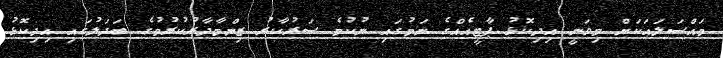
މައްސަލައަކަށް މިވަނީ އިދިކޮޅު ޕާޓީއެއްގެ ނަމުގައި ނުކުމެ ސަރުކާރު ޒިންމާދާރުކުރުމުގެ ބަދަލުގައި އިދިކޮޅު